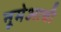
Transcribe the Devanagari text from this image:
नूमेआची